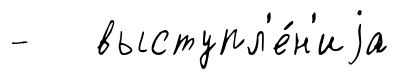
- выступл'е́н'иjа